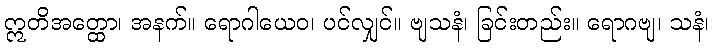
ဣတိအတ္ထော၊ အနက်။ ရောဂါယေဝ၊ ပင်လျှင်။ ဗျသနံ၊ ခြင်းတည်း။ ရောဂဗျ၊ သနံ၊